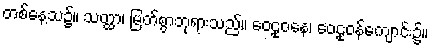
တစ်နေ့သ၌။ သတ္ထာ၊ မြတ်စွာဘုရားသည်။ ဝေဠုဝနေ၊ ဝေဠုဝန်ကျောင်း၌။